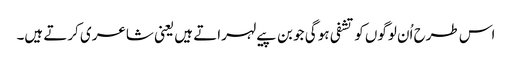
اس طرح اُن لوگوں کو تشفی ہو گی جو بن پیے لہراتے ہیں یعنی شاعری کرتے ہیں۔